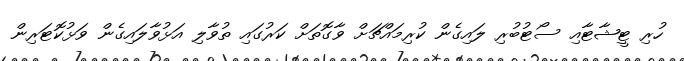
ހުރި ޓީޝާޓާއި ސޯޓުބުރި ލައިގެން ކުރިމައްޗަށް ވާގޮތަށް ކަރުގައި ތުވާލި އަޅުވާލައިގެން ވަޅުކޮޓަރިން